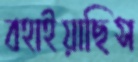
বহাইয়াছিস